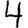
Digit: 4